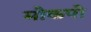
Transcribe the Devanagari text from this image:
मोकपो